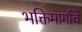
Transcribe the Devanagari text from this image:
भक्तिमार्गाचे